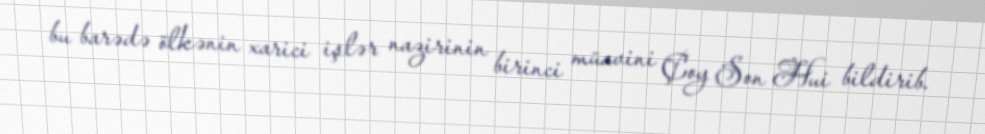
bu barədə ölkənin xarici işlər nazirinin birinci müavini Çoy Son Hui bildirib.